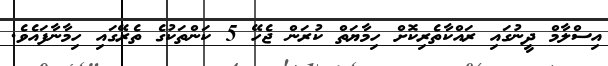
އިސްލާމް ދީނުގައި ރައްކާތެރިކޮށް ހިމާޔަތް ކުރަން ޖެހޭ 5 ކަންތަކުގެ ތެރޭގައި ހިމާނާފައެވެ.